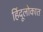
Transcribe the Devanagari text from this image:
हिंदूलोकात